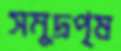
সমুদ্রপৃষ